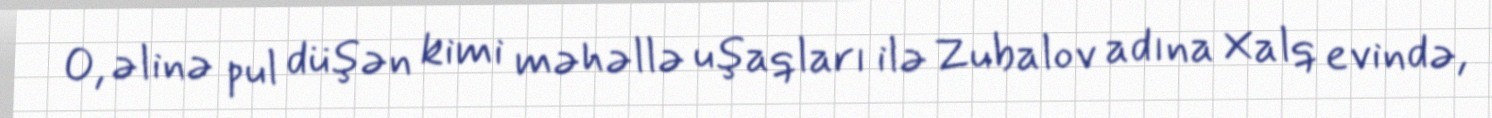
O, əlinə pul düşən kimi məhəllə uşaqları ilə Zubalov adına Xalq evində,